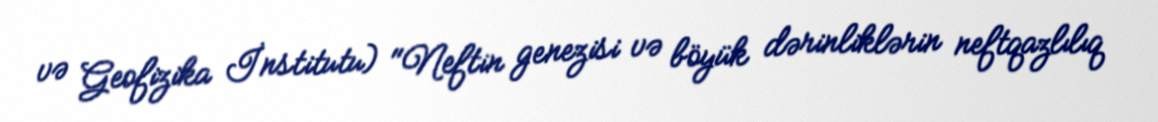
və Geofizika İnstitutu) "Neftin genezisi və böyük dərinliklərin neftqazlılıq